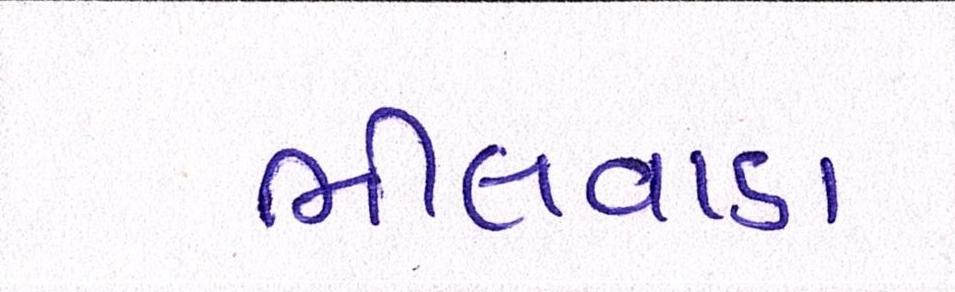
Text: ભીલવાડા